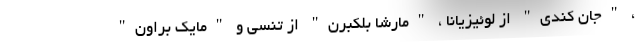
، "جان کندی" از لوئیزیانا ، "مارشا بلکبرن" از تنسی و "مایک براون"